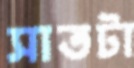
সাতটা